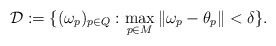
\begin{align*}\mathcal{D} :=\{(\omega_p)_{p\in Q}:\max_{p\in M}\Vert\omega_p-\theta_p\Vert<\delta\}.\end{align*}